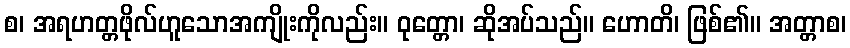
စ၊ အရဟတ္တဖိုလ်ဟူသောအကျိုးကိုလည်း။ ဝုတ္တော၊ ဆိုအပ်သည်။ ဟောတိ၊ ဖြစ်၏။ အတ္တာစ၊